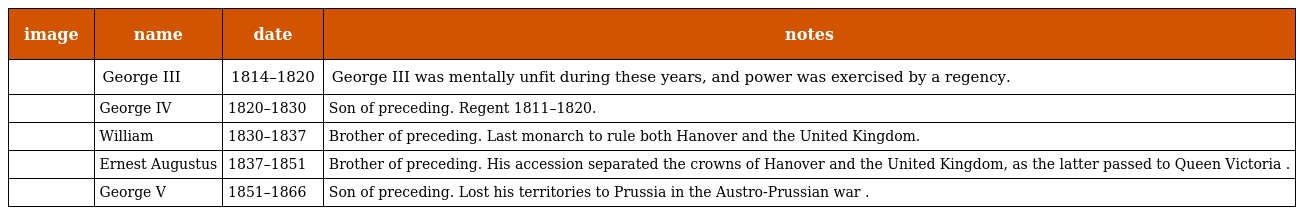
| image | name | date | notes |
 | --- | --- | --- | --- |
 |  | George III | 1814–1820 | George III was mentally unfit during these years, and power was exercised by a regency. |
 |  | George IV | 1820–1830 | Son of preceding. Regent 1811–1820. |
 |  | William | 1830–1837 | Brother of preceding. Last monarch to rule both Hanover and the United Kingdom. |
 |  | Ernest Augustus | 1837–1851 | Brother of preceding. His accession separated the crowns of Hanover and the United Kingdom, as the latter passed to Queen Victoria . |
 |  | George V | 1851–1866 | Son of preceding. Lost his territories to Prussia in the Austro-Prussian war . |